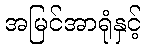
အမြင်အာရုံနှင့်